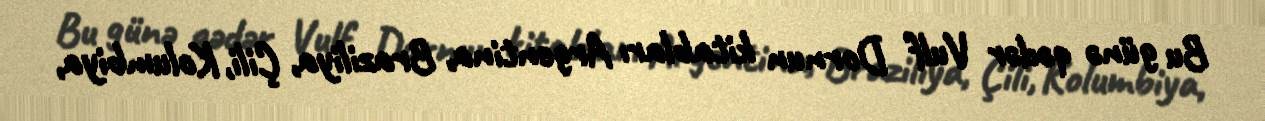
Bu günə qədər Vulf Dornun kitabları Argentina, Braziliya, Çili, Kolumbiya,